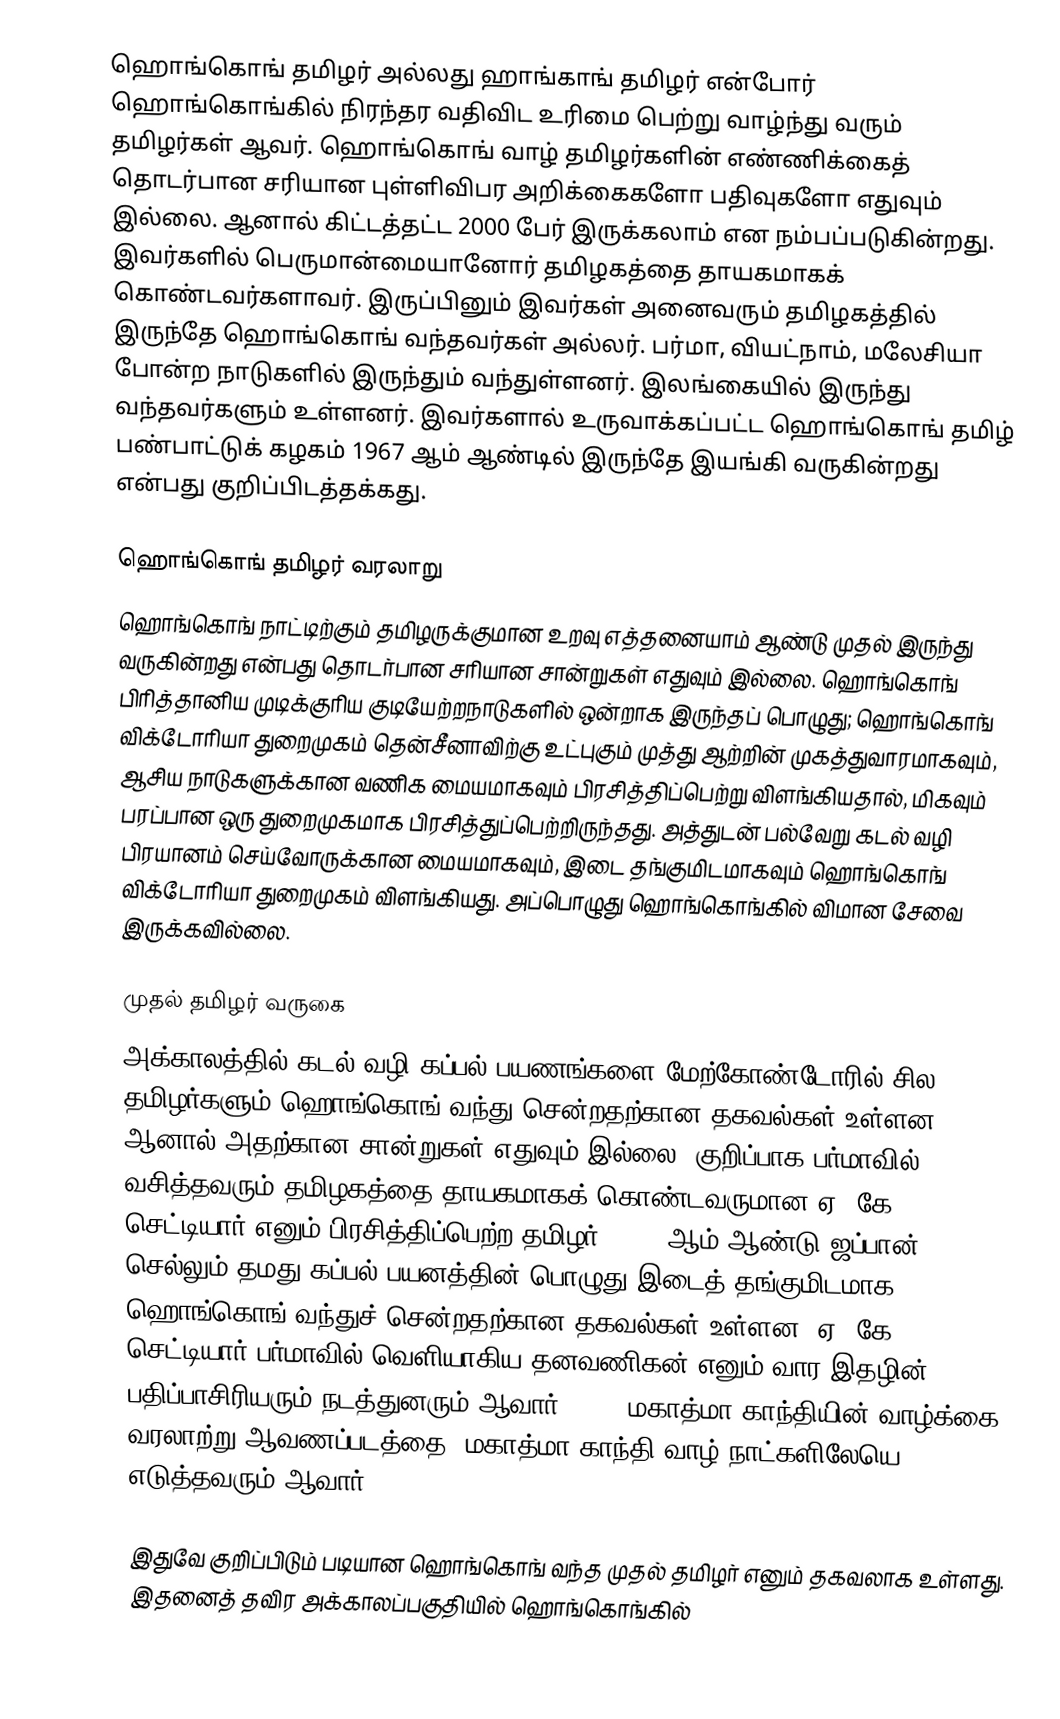
ஹொங்கொங் தமிழர் அல்லது ஹாங்காங் தமிழர் என்போர் ஹொங்கொங்கில் நிரந்தர வதிவிட உரிமை பெற்று வாழ்ந்து வரும் தமிழர்கள் ஆவர். ஹொங்கொங் வாழ் தமிழர்களின் எண்ணிக்கைத் தொடர்பான சரியான புள்ளிவிபர அறிக்கைகளோ பதிவுகளோ எதுவும் இல்லை. ஆனால் கிட்டத்தட்ட 2000 பேர் இருக்கலாம் என நம்பப்படுகின்றது.  இவர்களில் பெருமான்மையானோர் தமிழகத்தை தாயகமாகக் கொண்டவர்களாவர். இருப்பினும் இவர்கள் அனைவரும் தமிழகத்தில் இருந்தே ஹொங்கொங் வந்தவர்கள் அல்லர். பர்மா, வியட்நாம், மலேசியா போன்ற நாடுகளில் இருந்தும் வந்துள்ளனர். இலங்கையில் இருந்து வந்தவர்களும் உள்ளனர். இவர்களால் உருவாக்கப்பட்ட ஹொங்கொங் தமிழ் பண்பாட்டுக் கழகம் 1967 ஆம் ஆண்டில் இருந்தே இயங்கி வருகின்றது என்பது குறிப்பிடத்தக்கது.

ஹொங்கொங் தமிழர் வரலாறு
ஹொங்கொங் நாட்டிற்கும் தமிழருக்குமான உறவு எத்தனையாம் ஆண்டு முதல் இருந்து வருகின்றது என்பது தொடர்பான சரியான சான்றுகள் எதுவும் இல்லை. ஹொங்கொங் பிரித்தானிய முடிக்குரிய குடியேற்றநாடுகளில் ஒன்றாக இருந்தப் பொழுது; ஹொங்கொங் விக்டோரியா துறைமுகம் தென்சீனாவிற்கு உட்புகும் முத்து ஆற்றின் முகத்துவாரமாகவும், ஆசிய நாடுகளுக்கான வணிக மையமாகவும் பிரசித்திப்பெற்று விளங்கியதால், மிகவும் பரப்பான ஒரு துறைமுகமாக பிரசித்துப்பெற்றிருந்தது. அத்துடன் பல்வேறு கடல் வழி பிரயானம் செய்வோருக்கான மையமாகவும், இடை தங்குமிடமாகவும் ஹொங்கொங் விக்டோரியா துறைமுகம் விளங்கியது. அப்பொழுது ஹொங்கொங்கில் விமான சேவை இருக்கவில்லை.

முதல் தமிழர் வருகை
அக்காலத்தில் கடல் வழி கப்பல் பயணங்களை மேற்கோண்டோரில் சில தமிழர்களும் ஹொங்கொங் வந்து சென்றதற்கான தகவல்கள் உள்ளன. ஆனால் அதற்கான சான்றுகள் எதுவும் இல்லை. குறிப்பாக பர்மாவில் வசித்தவரும் தமிழகத்தை தாயகமாகக் கொண்டவருமான ஏ. கே. செட்டியார் எனும் பிரசித்திப்பெற்ற தமிழர், 1938 ஆம் ஆண்டு ஜப்பான் செல்லும் தமது கப்பல் பயனத்தின் பொழுது இடைத் தங்குமிடமாக ஹொங்கொங் வந்துச் சென்றதற்கான தகவல்கள் உள்ளன. ஏ. கே. செட்டியார் பர்மாவில் வெளியாகிய தனவணிகன் எனும் வார இதழின் பதிப்பாசிரியரும் நடத்துனரும் ஆவார். 1940 மகாத்மா காந்தியின் வாழ்க்கை வரலாற்று ஆவணப்படத்தை, மகாத்மா காந்தி வாழ் நாட்களிலேயெ எடுத்தவரும் ஆவார்.

 இதுவே குறிப்பிடும் படியான ஹொங்கொங் வந்த முதல் தமிழர் எனும் தகவலாக உள்ளது. இதனைத் தவிர அக்காலப்பகுதியில் ஹொங்கொங்கில்